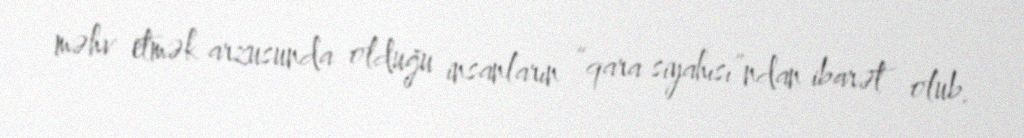
məhv etmək arzusunda olduğu insanların “qara siyahısı”ndan ibarət olub.